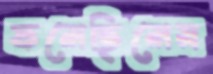
ফলেছিলেম